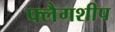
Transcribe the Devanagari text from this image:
फ्लैगशीप